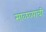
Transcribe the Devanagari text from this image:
माळव्याची